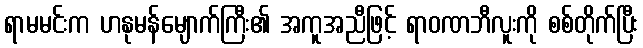
ရာမမင်းက ဟနုမန်မျောက်ကြီး၏ အကူအညီဖြင့် ရာဝဏဘီလူးကို စစ်တိုက်ပြီး